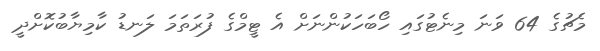
މެޗުގެ 64 ވަނަ މިނެޓުގައި ހޯބަހަކުންނަށް އެ ޓީމްގެ ފުރަތަމަ ލަނޑު ކާމިޔާބުކޮށްދީ